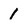
Character: 1